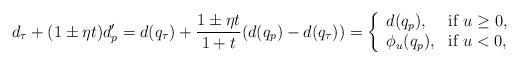
LaTeX: \begin{align*}d_\tau+(1\pm\eta t)d_p'&=d(q_\tau)+\frac{1\pm \eta t}{1+t}(d(q_p)-d(q_\tau))=\left\{\begin{array}{ll}d(q_p),&\mbox{if $u\geq 0$},\\\phi_u(q_p),&\mbox{if $u<0$,}\end{array}\right.\end{align*}